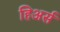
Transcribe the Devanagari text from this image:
हिअर्स